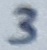
Text: 3